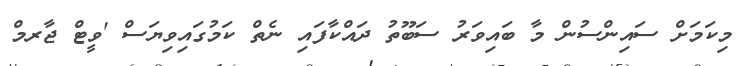
މިކަމަށް ސައިންސުން މާ ބައިވަރު ސަބޫތު ދައްކާފައި ނެތް ކަމުގައިވިޔަސް 'ވީޓް ޖާރމް